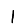
Digit: 1